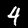
Digit: 4